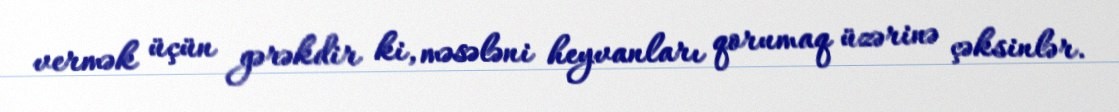
vermək üçün gərəkdir ki, məsələni heyvanları qorumaq üzərinə çəksinlər.